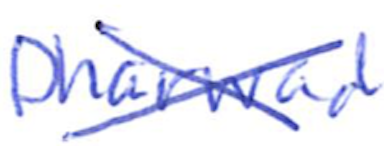
Text: Dharwad
Cross-out: cross
Writing tool: ballpoint